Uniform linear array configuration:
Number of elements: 48
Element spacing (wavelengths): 0.25
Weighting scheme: kaiser
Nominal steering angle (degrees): -45
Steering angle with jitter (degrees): -45.61
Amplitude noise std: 0.05
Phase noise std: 0.05

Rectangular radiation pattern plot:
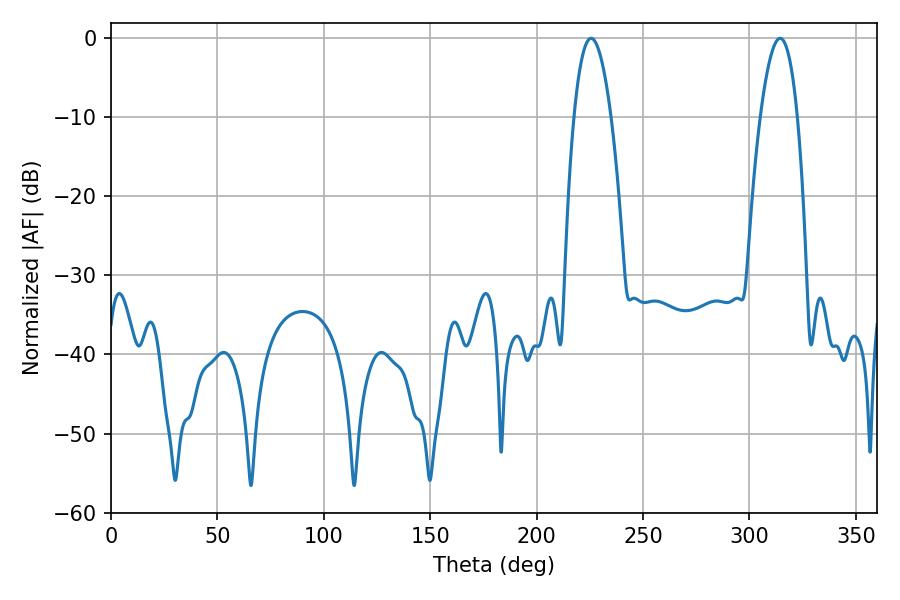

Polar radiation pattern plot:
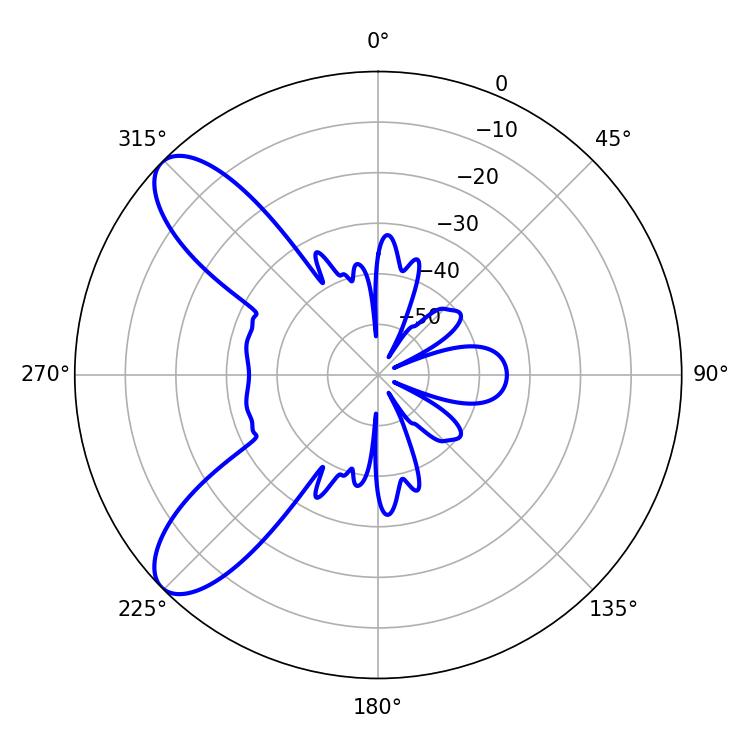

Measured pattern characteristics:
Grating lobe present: FALSE
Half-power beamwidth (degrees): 9.54
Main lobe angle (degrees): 225.54